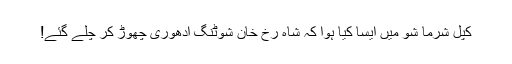
کپل شرما شو میں ایسا کیا ہوا کہ شاہ رخ خان شوٹنگ ادھوری چھوڑ کر چلے گئے!